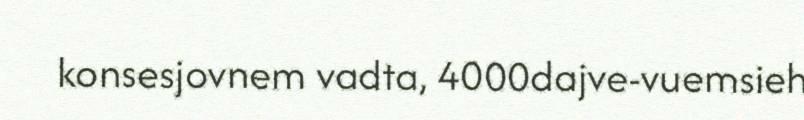
konsesjovnem vadta, 4000dajve-vuemsieh